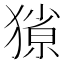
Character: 𭸥